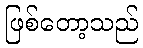
ဖြစ်တော့သည်